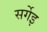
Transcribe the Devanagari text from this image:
सर्गेइ